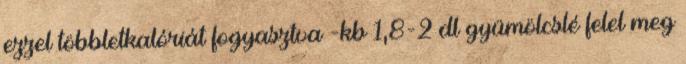
ezzel többletkalóriát fogyasztva -kb 1,8-2 dl gyümölcslé felel meg